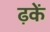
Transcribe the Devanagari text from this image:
ढ़कें